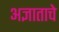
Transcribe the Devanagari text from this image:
अज्ञाताचे